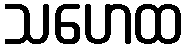
သဟေထ